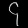
Digit: ၄